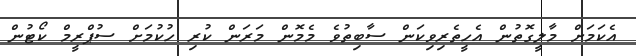
އެކަމަށް މާލީގޮތުން އެހީތެރިވިކަން ސާބިތުވެ މެމޮން މަރަން ކުރި ހުކުމަށް ސުޕްރީމް ކޯޓުން